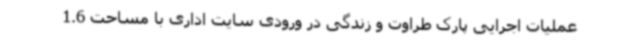
عملیات اجرایی پارک طراوت و زندگی در ورودی سایت اداری با مساحت 1.6